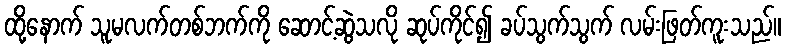
ထို့နောက် သူမလက်တစ်ဘက်ကို ဆောင့်ဆွဲသလို ဆုပ်ကိုင်၍ ခပ်သွက်သွက် လမ်းဖြတ်ကူးသည်။